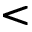
<